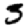
Digit: 3